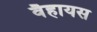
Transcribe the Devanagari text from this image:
वैहायस